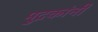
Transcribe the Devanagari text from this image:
मुद्रकांनी